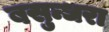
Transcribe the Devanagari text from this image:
बसुन्धरा